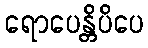
ရောပေန္တိပိပေ